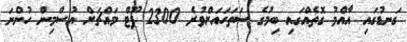
ގަނޑުގައި އާއްމު ގޮތެއްގައި ބިމުގެ ސަތަހައަށްވުރެ 2300 ފޫޓް މައްޗަށް އުސްމިން ހުންނަ